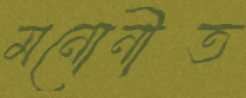
মনোনীত